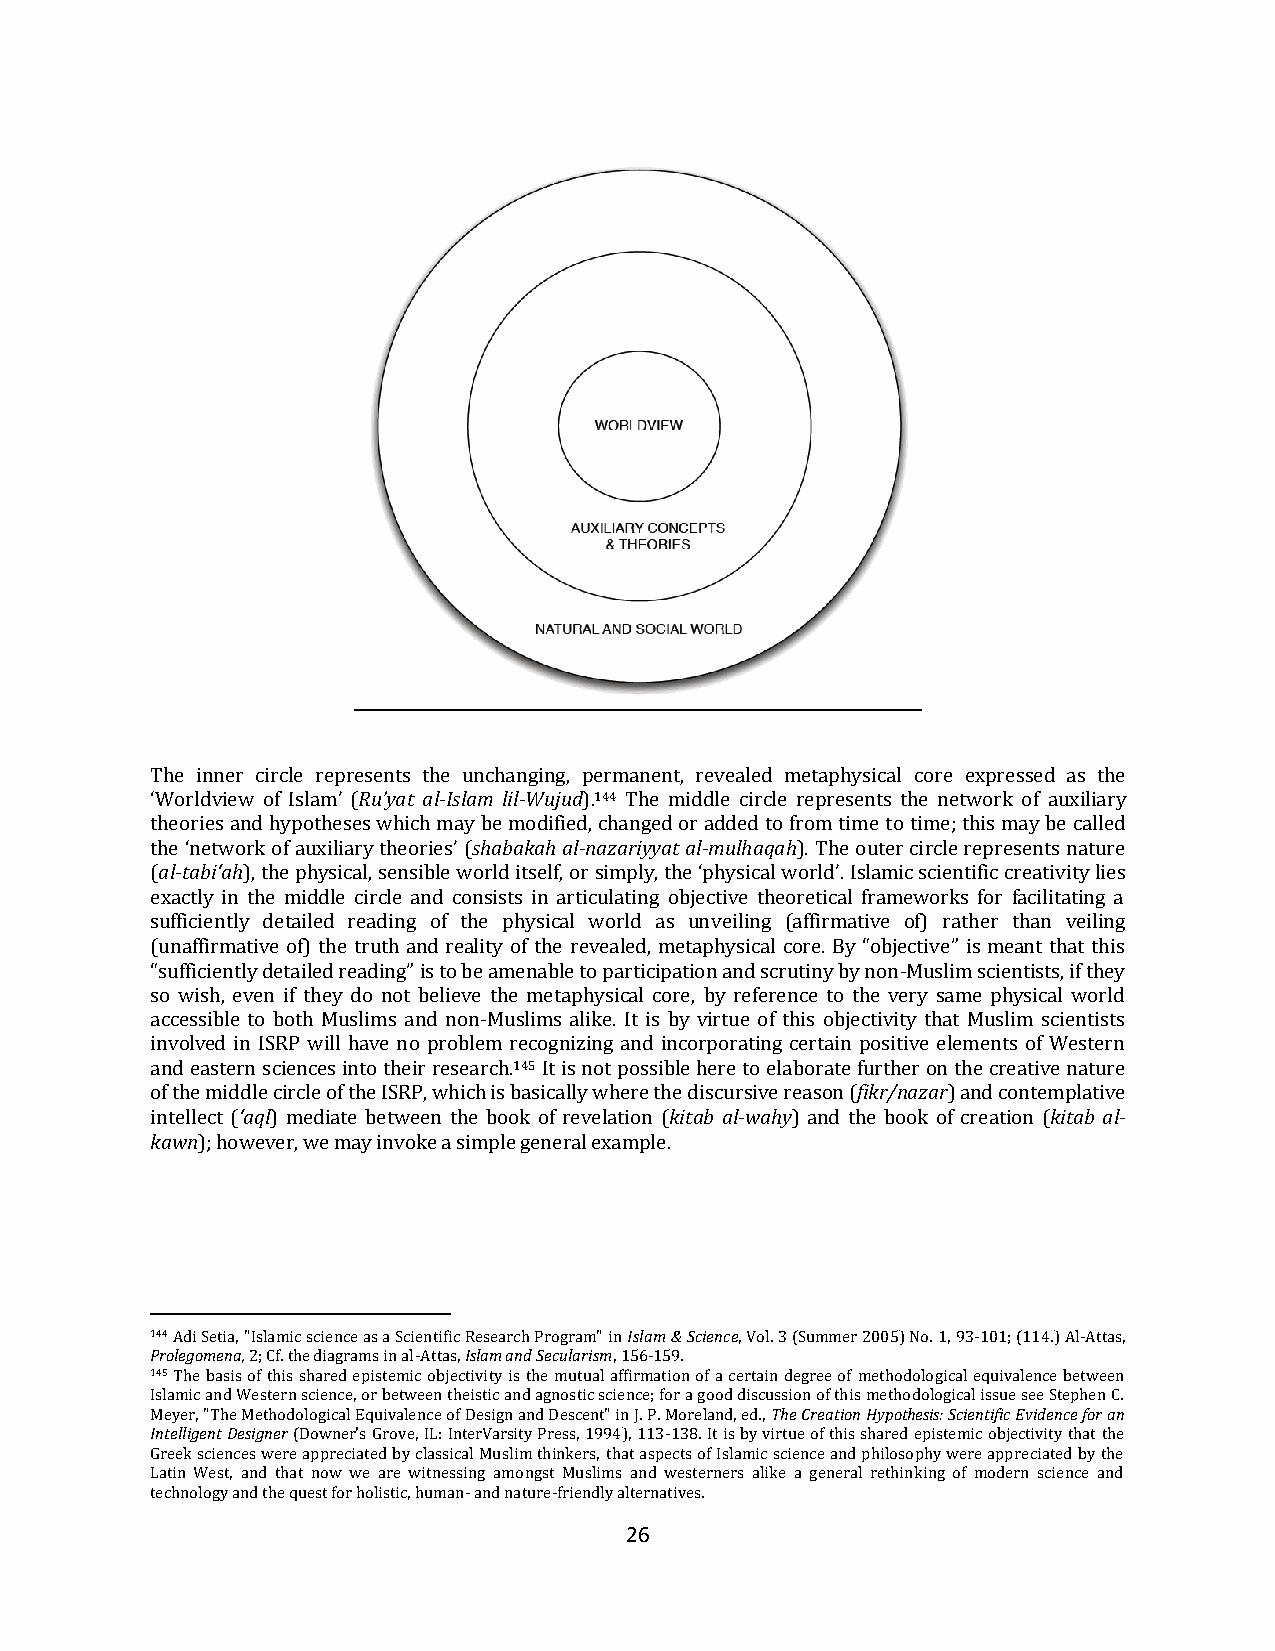
The inner circle represents the unchanging, permanent, revealed metaphysical core expressed as the
 ‘Worldview of Islam’ (Ru’yat al-Islam lil-Wujud).144 The middle circle represents the network of auxiliary
 theories and hypotheses which may be modified, changed or added to from time to time; this may be called
 the ‘network of auxiliary theories’ (shabakah al-nazariyyat al-mulhaqah). The outer circle represents nature
 (al-tabi‘ah), the physical, sensible world itself, or simply, the ‘physical world’. Islamic scientific creativity lies
 exactly in the middle circle and consists in articulating objective theoretical frameworks for facilitating a
 sufficiently detailed reading of the physical world as unveiling (affirmative of) rather than veiling
 (unaffirmative of) the truth and reality of the revealed, metaphysical core. By “objective” is meant that this
 “sufficiently detailed reading” is to be amenable to participation and scrutiny by non-Muslim scientists, if they
 so wish, even if they do not believe the metaphysical core, by reference to the very same physical world
 accessible to both Muslims and non-Muslims alike. It is by virtue of this objectivity that Muslim scientists
 involved in ISRP will have no problem recognizing and incorporating certain positive elements of Western
 and eastern sciences into their research.145 It is not possible here to elaborate further on the creative nature
 of the middle circle of the ISRP, which is basically where the discursive reason (fikr/nazar) and contemplative
 intellect (‘aql) mediate between the book of revelation (kitab al-wahy) and the book of creation (kitab al-
 kawn); however, we may invoke a simple general example.
 144 Adi Setia, "Islamic science as a Scientific Research Program" in Islam & Science, Vol. 3 (Summer 2005) No. 1, 93-101; (114.) Al-Attas,
 Prolegomena, 2; Cf. the diagrams in al-Attas, Islam and Secularism, 156-159.
 145 The basis of this shared epistemic objectivity is the mutual affirmation of a certain degree of methodological equivalence between
 Islamic and Western science, or between theistic and agnostic science; for a good discussion of this methodological issue see Stephen C.
 Meyer, "The Methodological Equivalence of Design and Descent" in J. P. Moreland, ed., The Creation Hypothesis: Scientific Evidence for an
 Intelligent Designer (Downer's Grove, IL: InterVarsity Press, 1994), 113-138. It is by virtue of this shared epistemic objectivity that the
 Greek sciences were appreciated by classical Muslim thinkers, that aspects of Islamic science and philosophy were appreciated by the
 Latin West, and that now we are witnessing amongst Muslims and westerners alike a general rethinking of modern science and
 technology and the quest for holistic, human- and nature-friendly alternatives.
 26